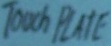
Text: TOUCH PLATE